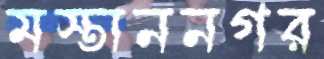
মস্তাননগর